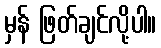
မှန် ဖြတ်ချင်လို့ပါ။